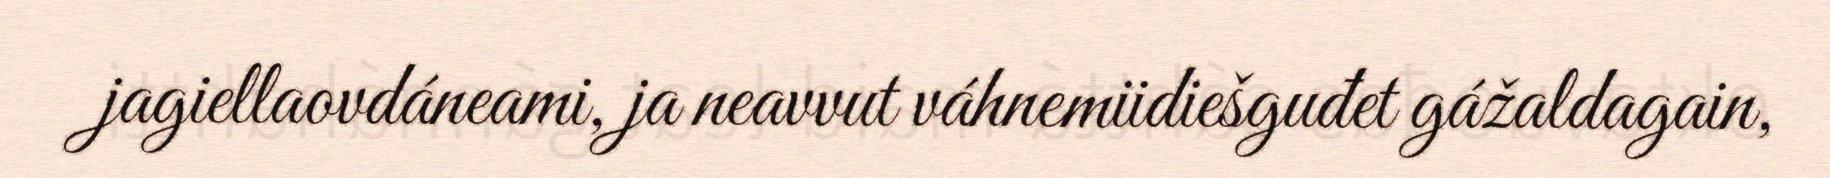
jagiellaovdáneami, ja neavvut váhnemiidiešguđet gážaldagain,